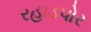
રહાડપોર